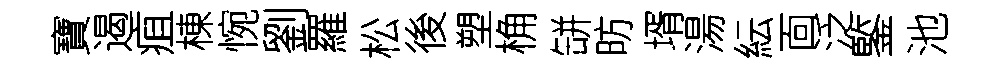
寶遏疽棟惋劉羅松後塑桷缾昉壻湯紜靣泛鍳池